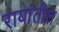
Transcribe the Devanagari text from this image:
रायांतील